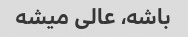
باشه، عالی میشه